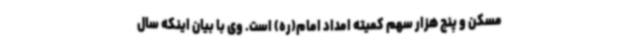
مسکن و پنج هزار سهم کمیته امداد امام(ره) است. وی با بیان اینکه سال